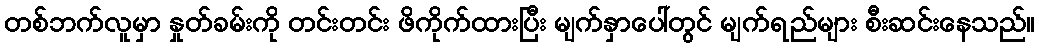
တစ်ဘက်လူမှာ နှုတ်ခမ်းကို တင်းတင်း ဖိကိုက်ထားပြီး မျက်နှာပေါ်တွင် မျက်ရည်များ စီးဆင်းနေသည်။